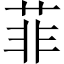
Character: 菲